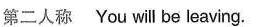
第二人称 You will be leaving.